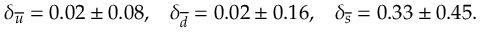
\delta _ { \overline { { { u } } } } = 0 . 0 2 \pm 0 . 0 8 , \; \; \; \delta _ { \overline { { { d } } } } = 0 . 0 2 \pm 0 . 1 6 , \; \; \; \delta _ { \overline { { { s } } } } = 0 . 3 3 \pm 0 . 4 5 .